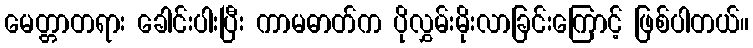
မေတ္တာတရား ခေါင်းပါးပြီး ကာမဓာတ်က ပိုလွှမ်းမိုးလာခြင်းကြောင့် ဖြစ်ပါတယ်။